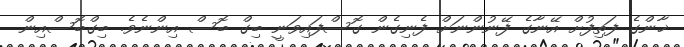
ޚާންގެ ފަތިފުށް އޭނާގެ ފޭނުންނަށް ފެނިގެން ގޮސްފައިވަނީ ބިގް ބޮސް އިންނެވެ. ބިގްބޮސްއިން